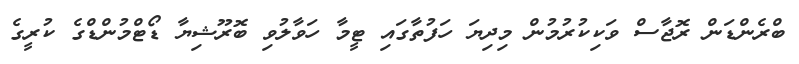
ބްރެންޑަން ރޮޖާސް ވަކިކުރުމުން މިދިޔަ ހަފުތާގައި ޓީމާ ހަވާލުވި ބޮރޫޝިޔާ ޑޯޓްމުންޑްގެ ކުރީގެ